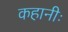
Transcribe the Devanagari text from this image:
कहानीः